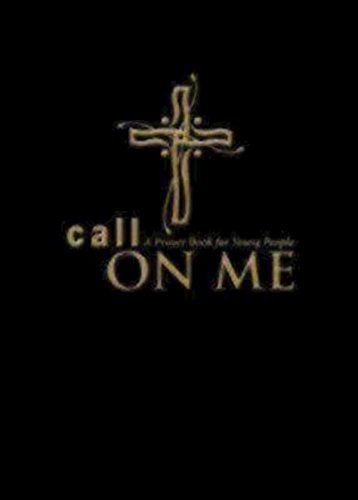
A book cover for Call on Me: A Prayer Book for Young People; Jenifer Gamber; Christian Books & Bibles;